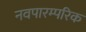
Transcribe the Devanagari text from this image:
नवपारम्परिक